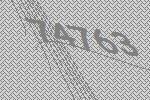
74763